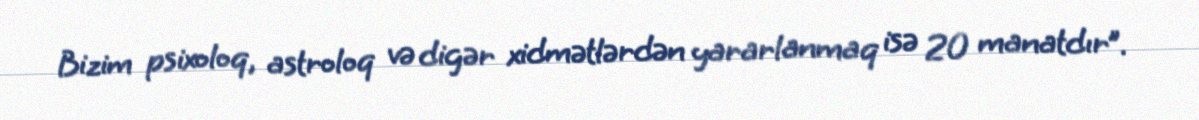
Bizim psixoloq, astroloq və digər xidmətlərdən yararlanmaq isə 20 manatdır”.